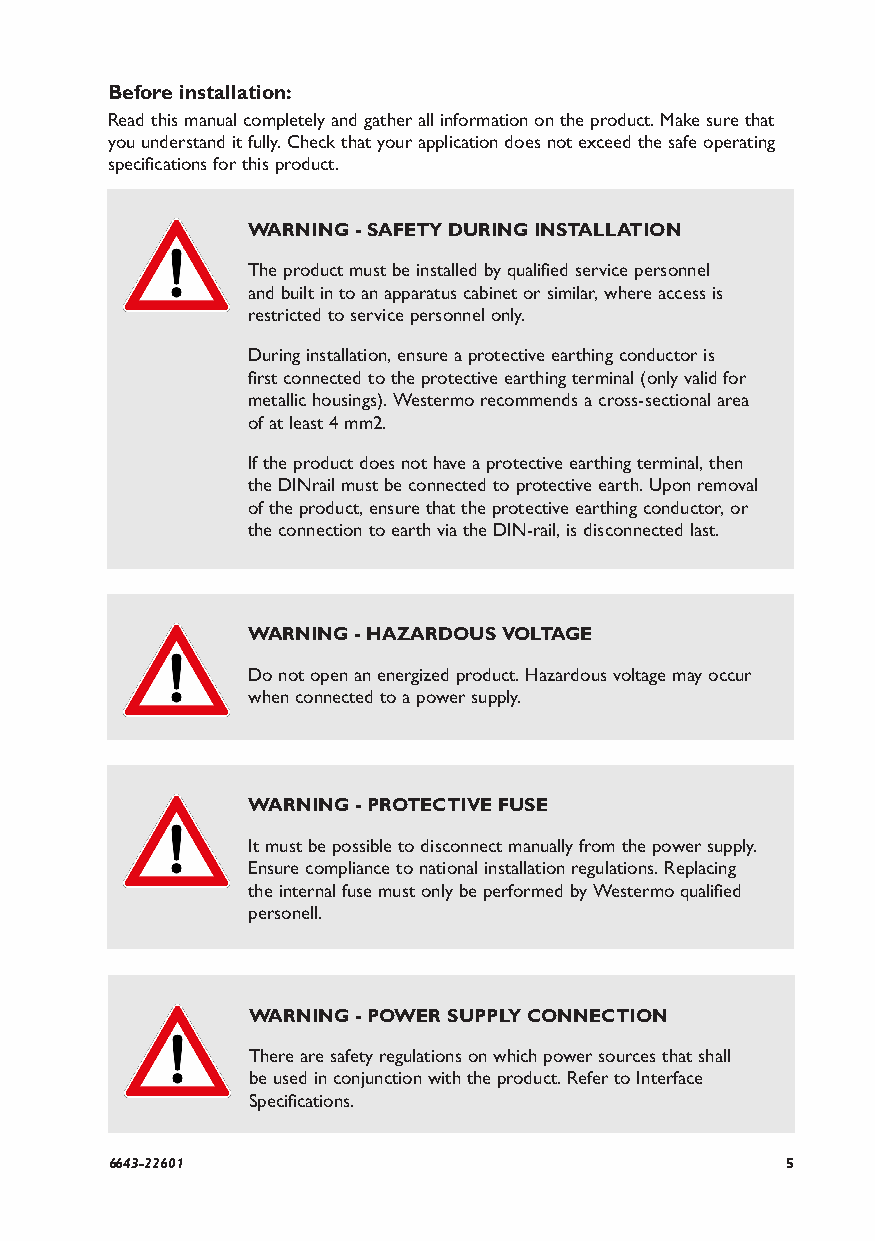
Before installation:
 Read this manual completely and gather all information on the product. Make sure that
 you understand it fully. Check that your application does not exceed the safe operating
 specifications for this product.
 WARNING - SAFETY DURING INSTALLATION
 The product must be installed by qualified service personnel
 and built in to an apparatus cabinet or similar, where access is
 restricted to service personnel only.
 During installation, ensure a protective earthing conductor is
 first connected to the protective earthing terminal (only valid for
 metallic housings). Westermo recommends a cross-sectional area
 of at least 4 mm2.
 If the product does not have a protective earthing terminal, then
 the DINrail must be connected to protective earth. Upon removal
 of the product, ensure that the protective earthing conductor, or
 the connection to earth via the DIN-rail, is disconnected last.
 WARNING - HAZARDOUS VOLTAGE
 Do not open an energized product. Hazardous voltage may occur
 when connected to a power supply.
 WARNING - PROTECTIVE FUSE
 It must be possible to disconnect manually from the power supply.
 Ensure compliance to national installation regulations. Replacing
 the internal fuse must only be performed by Westermo qualified
 personell.
 WARNING - POWER SUPPLY CONNECTION
 There are safety regulations on which power sources that shall
 be used in conjunction with the product. Refer to Interface
 Specifications.
 6643-22601                                   5